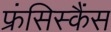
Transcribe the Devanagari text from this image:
फ्रंसिस्कैंस